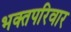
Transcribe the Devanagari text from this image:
भक्तपरिवार